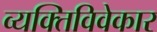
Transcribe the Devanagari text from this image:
व्यक्तिविवेकार